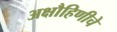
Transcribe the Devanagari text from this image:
अक्षौहिणीचे